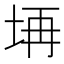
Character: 𱖝